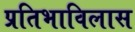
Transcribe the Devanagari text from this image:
प्रतिभाविलास